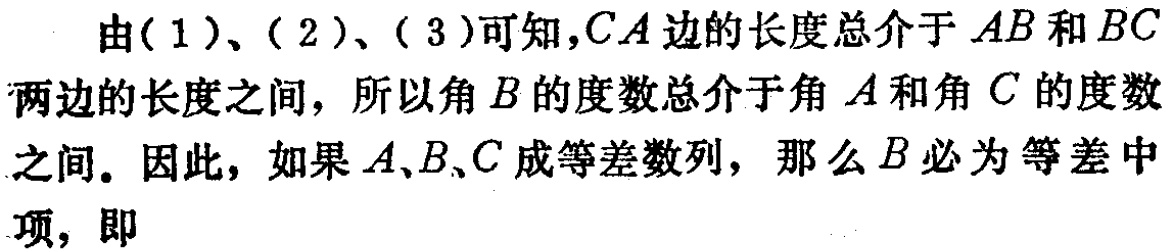
由(1)、(2)、(3)可知,$CA$边的长度总介于$AB$和$BC$两边的长度之间，所以角$B$的度数总介于角$A$和角$C$的度数之间。因此，如果$A$、$B$、$C$成等差数列，那么$B$必为等差中项，即